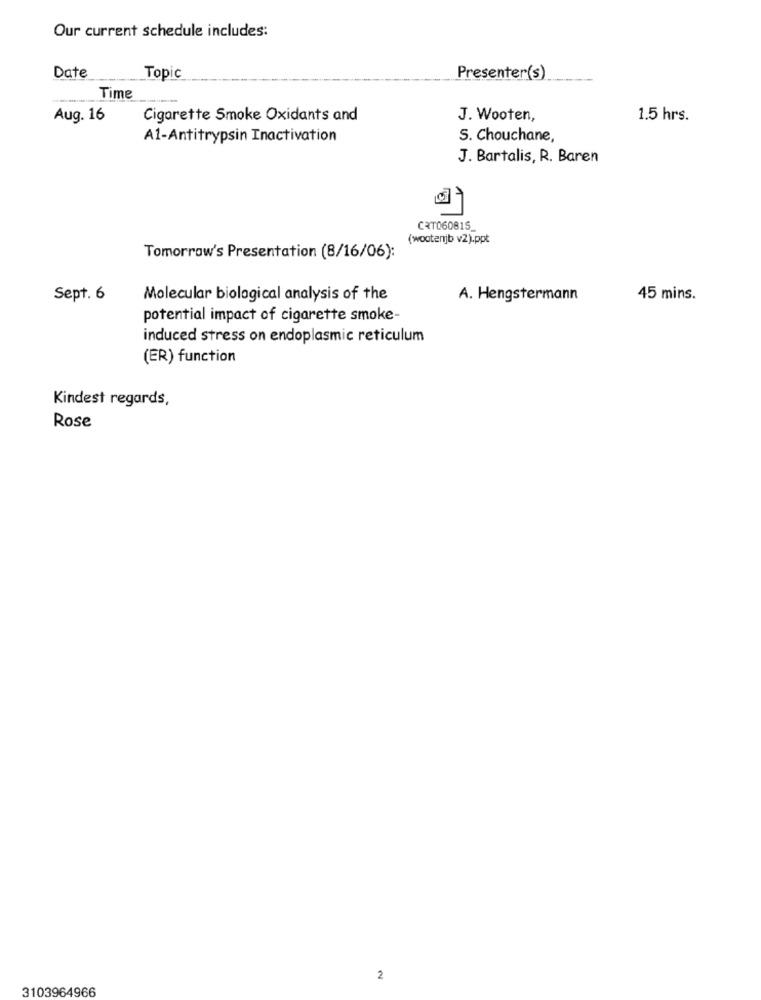
Our current schedule includes:
Date
Topic
Presenter(s)
Time
Aug. 16
Cigarette Smoke Oxidants and
J. Wooten,
1.5 hrs.
A1-Antitrypsin Inactivation
S. Chouchane,
J. Bartalis, R. Baren
CRT060815_
(wootenjb v2).ppt
Tomorrow's Presentation (8/16/06):
Sept. 6
Molecular biological analysis of the
A. Hengstermann
45 mins.
potential impact of cigarette smoke-
induced stress on endoplasmic reticulum
(ER) function
Kindest regards,
Rose
2
3103964966